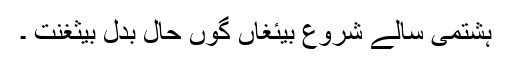
ہشتمی سالے شروع بیئغاں گوں حال بدل بیثغنت ۔